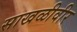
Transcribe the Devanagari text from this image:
साखळीवीर